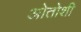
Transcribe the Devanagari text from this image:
ओतोशी